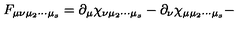
F _ { \mu \nu \mu _ { 2 } \cdots \mu _ { s } } = \partial _ { \mu } \chi _ { \nu \mu _ { 2 } \cdots \mu _ { s } } - \partial _ { \nu } \chi _ { \mu \mu _ { 2 } \cdots \mu _ { s } } -